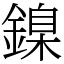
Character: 鎳